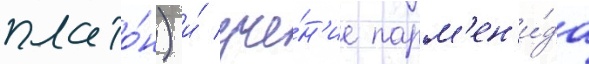
плато́н) и́ уче́н'ие парм'ен'и́да